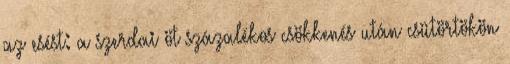
az esést: a szerdai öt százalékos csökkenés után csütörtökön